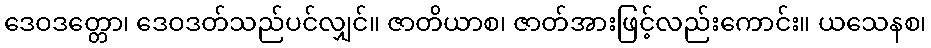
ဒေဝဒတ္တော၊ ဒေဝဒတ်သည်ပင်လျှင်။ ဇာတိယာစ၊ ဇာတ်အားဖြင့်လည်းကောင်း။ ယသေနစ၊